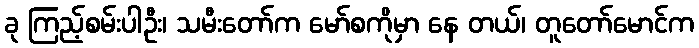
ခု ကြည့်စမ်းပါဦး၊ သမီးတော်က မော်စကိုမှာ နေ တယ်၊ တူတော်မောင်က